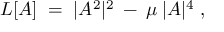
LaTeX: { \cal { L } } [ A ] \; = \; | A ^ { 2 } | ^ { 2 } \: - \: \mu \: | A | ^ { 4 } \; ,